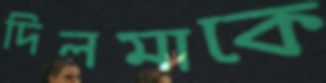
দিলমাকে